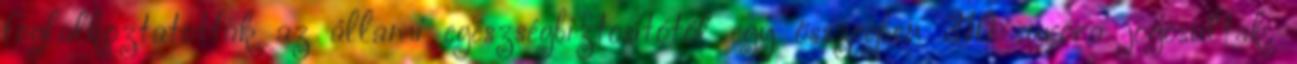
foglalkoztatottak az állami egészségbiztosítótól egy összegben 210 euróra jogosultak.